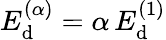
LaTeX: E_{\mathrm d}^{(\alpha)}=\alpha\, E_{\mathrm d}^{(1)}